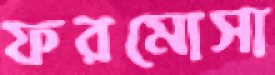
ফরমোসা